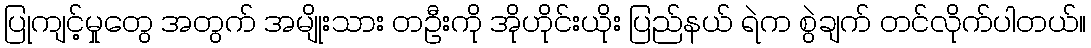
ပြုကျင့်မှုတွေ အတွက် အမျိုးသား တဦးကို အိုဟိုင်းယိုး ပြည်နယ် ရဲက စွဲချက် တင်လိုက်ပါတယ်။